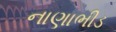
નાણાભીડ